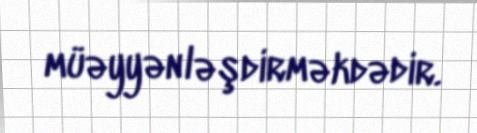
müəyyənləşdirməkdədir.